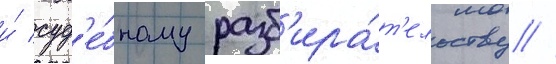
и́ суд'е́бному разб'ира́т'ельству //